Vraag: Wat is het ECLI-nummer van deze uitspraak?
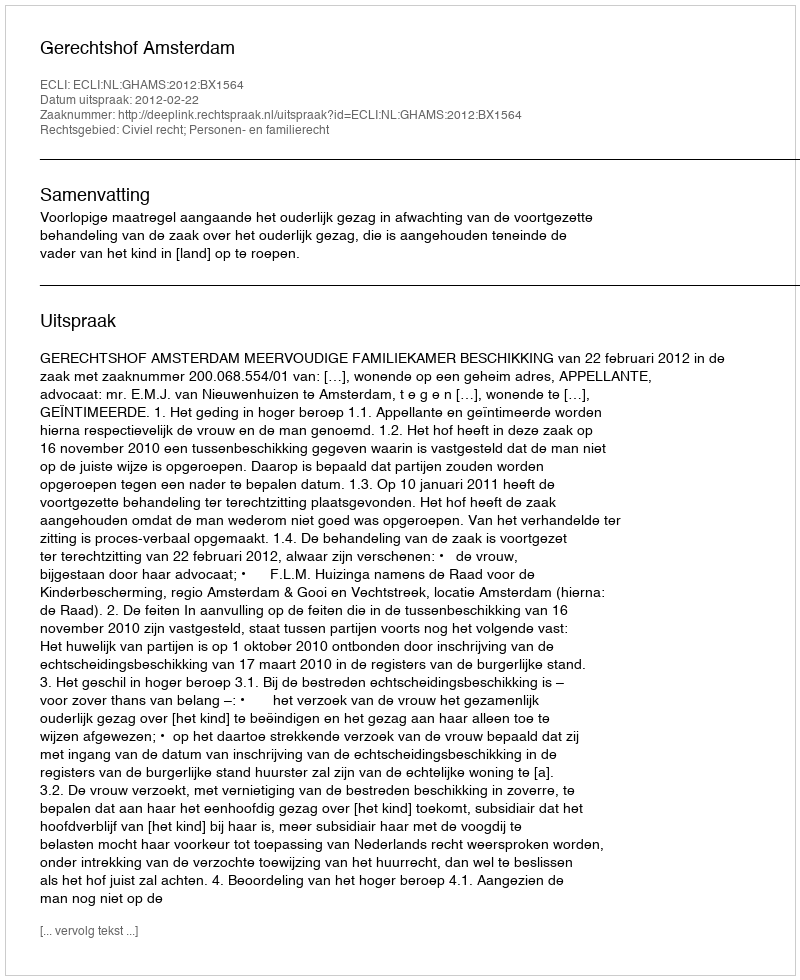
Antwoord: ECLI:NL:GHAMS:2012:BX1564